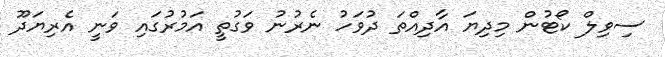
ސިވިލް ކޯޓުން މިިދިޔަ އާދިއްތަ ދުވަހު ނެރުނު ވަގުތީ އަމުރުގައި ވަނީ އެރިޔަދޫ